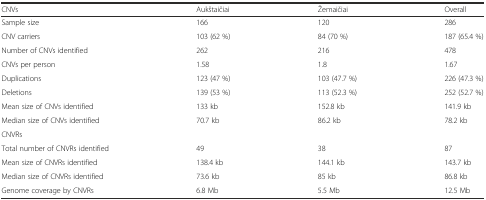
<table><thead><tr><td><b>CNVs</b></td><td><b>Aukštaičiai</b></td><td><b>Žemaičiai</b></td><td><b>Overall</b></td></tr></thead><tbody><tr><td>Sample size</td><td>166</td><td>120</td><td>286</td></tr><tr><td>CNV carriers</td><td>103 (62 %)</td><td>84 (70 %)</td><td>187 (65.4 %)</td></tr><tr><td>Number of CNVs identified</td><td>262</td><td>216</td><td>478</td></tr><tr><td>CNVs per person</td><td>1.58</td><td>1.8</td><td>1.67</td></tr><tr><td>Duplications</td><td>123 (47 %)</td><td>103 (47.7 %)</td><td>226 (47.3 %)</td></tr><tr><td>Deletions</td><td>139 (53 %)</td><td>113 (52.3 %)</td><td>252 (52.7 %)</td></tr><tr><td>Mean size of CNVs identified</td><td>133 kb</td><td>152.8 kb</td><td>141.9 kb</td></tr><tr><td>Median size of CNVs identified</td><td>70.7 kb</td><td>86.2 kb</td><td>78.2 kb</td></tr><tr><td>CNVRs</td><td></td><td></td><td></td></tr><tr><td>Total number of CNVRs identified</td><td>49</td><td>38</td><td>87</td></tr><tr><td>Mean size of CNVRs identified</td><td>138.4 kb</td><td>144.1 kb</td><td>143.7 kb</td></tr><tr><td>Median size of CNVRs identified</td><td>73.6 kb</td><td>85 kb</td><td>86.8 kb</td></tr><tr><td>Genome coverage by CNVRs</td><td>6.8 Mb</td><td>5.5 Mb</td><td>12.5 Mb</td></tr></tbody></table>